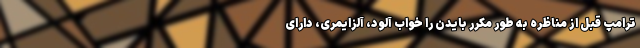
ترامپ قبل از مناظره به طور مکرر بایدن را خواب آلود، آلزایمری، دارای